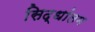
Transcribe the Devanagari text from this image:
सिद्धांतम